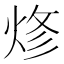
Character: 𰞦